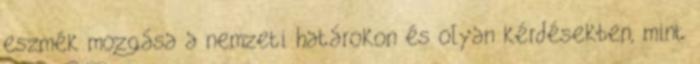
eszmék mozgása a nemzeti határokon és olyan kérdésekben, mint